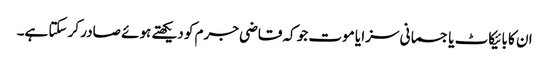
ان کا بائیکاٹ یا جسمانی سزا یا موت جو کہ قاضی جرم کو دیکھتے ہوئے صادر کر سکتا ہے۔